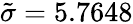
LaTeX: \tilde{\sigma}=5.7648